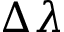
\Delta \lambda